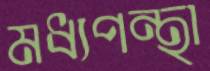
মধ্যপন্থা